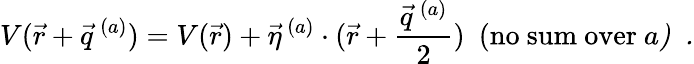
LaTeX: V(\vec{r}+\vec{q}^{\, (a)})=V(\vec{r})+\vec{\eta}^{\, (a)}\cdot(\vec{r}+\frac{\vec{q}^{\, (a)}}{2})~~(\mathrm{no~sum~over~\mit a)~~.}